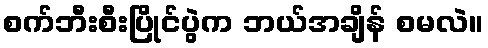
စက်ဘီးစီးပြိုင်ပွဲက ဘယ်အချိန် စမလဲ။